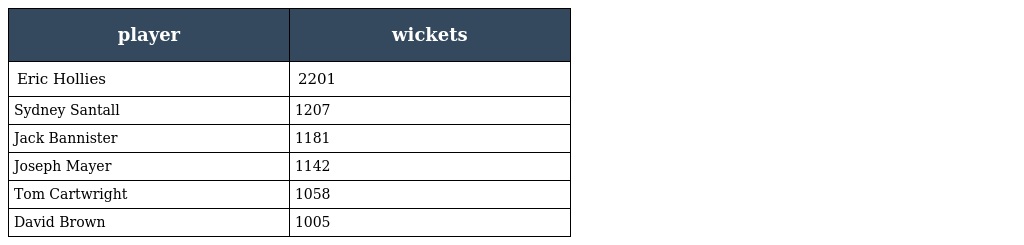
| player | wickets |
 | --- | --- |
 | Eric Hollies | 2201 |
 | Sydney Santall | 1207 |
 | Jack Bannister | 1181 |
 | Joseph Mayer | 1142 |
 | Tom Cartwright | 1058 |
 | David Brown | 1005 |